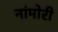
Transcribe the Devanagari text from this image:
नांमोरी